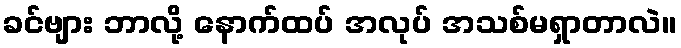
ခင်ဗျား ဘာလို့ နောက်ထပ် အလုပ် အသစ်မရှာတာလဲ။